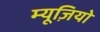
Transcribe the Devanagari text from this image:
म्यूज़ियो